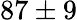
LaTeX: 87\pm 9